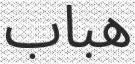
ھباب